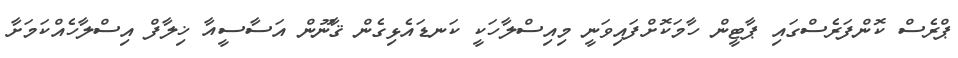
ޕްރެސް ކޮންފަރެސްގައި ޕާޓީން ހާމަކޮށްފައިވަނީ މިއިސްލާހަކީ ކަނޑައެޅިގެން ޤާނޫން އަސާސީއާ ޚިލާފް އިސްލާހެއްކަމަށާ